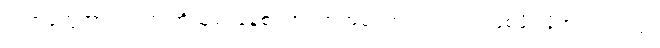
စတာတွေအားလုံးက ကိုယ့်ရဲ့ နေ့စဉ်ဘဝအတွင်း အံဝင်ဂွင်ကျ ဖြစ်ဖို့ လိုအပ်ပါတယ်။